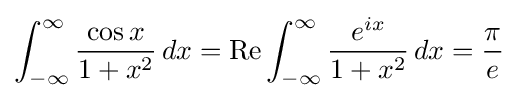
\int _{-\infty }^{\infty }{\frac {\cos x}{1+x^{2}}}\,dx=\operatorname {Re} \int _{-\infty }^{\infty }{\frac {e^{ix}}{1+x^{2}}}\,dx={\frac {\pi }{e}}